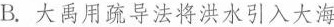
B.大禹用疏导法将洪水引入大海